Medical and sanitary report of the native army of Bengal for the year
Year: 1876
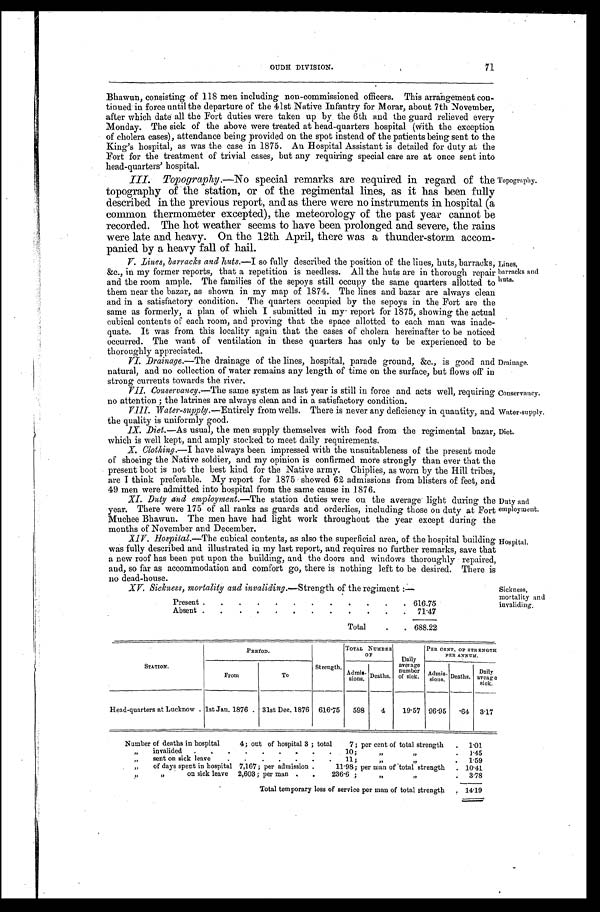
Topography.
Lines,
barracks and
huts.
Drainage.
Conservancy.
Water-supply.
Diet.
Duty and
employment.
Hospital.
Sickness,
mortality and
invaliding.
OUDH DIVISION. 71
Bhawun, consisting of 118 men including non-commissioned officers. This arrangement con-
tinued in force until the departure of the 41st Native Infantry for Morar, about 7th November,
after which date all the Fort duties were taken up by the 6th and the guard relieved every
Monday. The sick of the above were treated at head-quarters hospital (with the exception
of cholera cases), attendance being provided on the spot instead of the patients being sent to the
King's hospital, as was the case in 1875. An Hospital Assistant is detailed for duty at the
Fort for the treatment of trivial cases, but any requiring special care are at once sent into
head-quarters' hospital.
III. Topography. —No special remarks are required in regard of the
topography of the station, or of the regimental lines, as it has been fully
described in the previous report, and as there were no instruments in hospital (a
common thermometer excepted), the meteorology of the past year cannot be
recorded. The hot weather seems to have been prolonged and severe, the rains
were late and heavy. On the 12th April, there was a thunder-storm accom-
panied by a heavy fall of hail.
V. Lines, barracks and huts.—I so fully described the position of the lines, huts, barracks,
&c., in my former reports, that a repetition is needless. All the huts are in thorough repair
and the room ample. The families of the sepoys still occupy the same quarters allotted to
them near the bazar, as shown in my map of 1874. The lines and bazar are always clean
and in a satisfactory condition. The quarters occupied by the sepoys in the Fort are the
same as formerly, a plan of which I submitted in my report for 1875, showing the actual
cubical contents of each room, and proving that the space allotted to each man was inade-
quate It was from this locality again that the cases of cholera hereinafter to be noticed
occurred. The want of ventilation in these quarters has only to be experienced to be
thoroughly appreciated.
VI. Drainage.—The drainage of the lines, hospital, parade ground, &c., is good and
natural, and no collection of water remains any length of time on the surface, but flows off in
strong currents towards the river.
VII. Conservancy .—The same system as last year is still in force and acts well, requiring
no attention; the latrines are always clean and in a satisfactory condition.
VIII. Water-supply. —Entirely from wells. There is never any deficiency in quantity, and
the quality is uniformly good.
IX. Diet. —As usual, the men supply themselves with food from the regimental bazar,
which is well kept, and amply stocked to meet daily requirements.
X. Clothing.—I have always been impressed with the unsuitableness of the present mode
of shoeing the Native soldier, and my opinion is confirmed more strongly than ever that the
present boot is not the best kind for the Native army. Chiplies, as worn by the Hill tribes,
are I think preferable. My report for 1875 showed 62 admissions from blisters of feet, and
49 men were admitted into hospital from the same cause in 1876.
XI. Duty and employment. —The station duties were on the average light during the
year. There were 175 of all ranks as guards and orderlies, including those on duty at Fort
Muchee Bhawun. The men have had light work throughout the year except during the
months of November and December.
XIV. Hospital. —The cubical contents, as also the superficial area, of the hospital building
was fully described and illustrated in my last report, and requires no further remarks, save that
a new roof has been put upon the building, and the doors and windows thoroughly repaired,
and, so far as accommodation and comfort go, there is nothing left to be desired. There is
no dead-house.
XV. Sickness, mortality and invaliding.—Strength of the regiment :—
Present .
.
.
.
.
.
.
.
.
.
.
. 616.75
Absent .
.
. .
.
.
.
.
.
.
.
. 7 1 . 4 7
Total
.
. 688.22
PERIOD.
Strength.
TOTAL NUMBER
O F
D a i l y a v e r a g e
number
of sick.
PER CENT. OF STRENGTH
P E R A N N U M .
STATION.
From
To
Admis- sions. Deaths.
Admis-
sions. Deaths. Daily
aveage
sick.
Head-quarters at Lucknow . 1st Jan. 1876 . 31st Dec. 1876 616.75 598
4
19.57 96.95 .64 3.17
Number of deaths in hospital 4; out of hospital 3 ; total 7; per cent of total strength . 1.01
,, invalided . . . . . . . . . 1 0 ; „
„
. 1.45
„ sent on sick leave
. .
. . . . . 11 ; „ „
. 1.59
„ of days spent in hospital 7,167; per admission
. 11.98 ; per man of total strength . 10.41
„ „ on sick leave 2,603 ; per man . .
236.6 ; „ „
. 3.78
Total temporary loss of service per man of total strength
. 14. 19